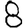
Digit: 8